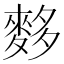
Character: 𪌫